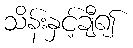
သိန်းနှင့်ချီ၍